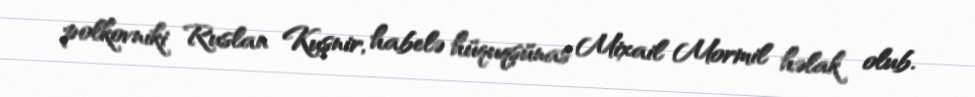
polkovniki Ruslan Kuşnir, habelə hüquqşünas Mixail Mormil həlak olub.